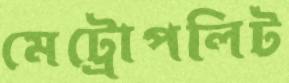
মেট্রোপলিট